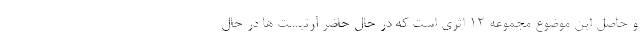
و حاصل این موضوع مجموعه 12 اثری است که در حال حاضر آرتیست ها در حال